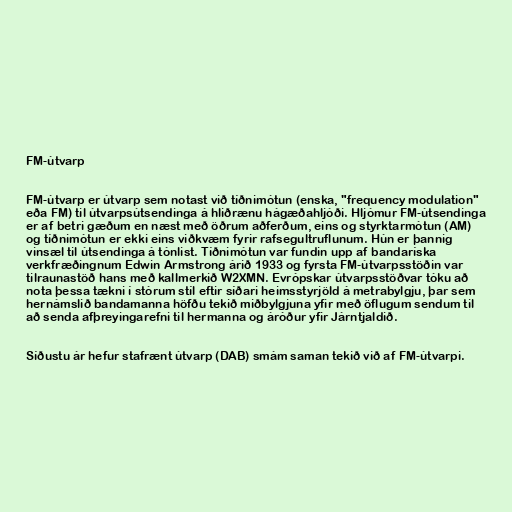
FM-útvarp

FM-útvarp er útvarp sem notast við tíðnimótun (enska, "frequency modulation"
eða FM) til útvarpsútsendinga á hliðrænu hágæðahljóði. Hljómur FM-útsendinga
er af betri gæðum en næst með öðrum aðferðum, eins og styrktarmótun (AM)
og tíðnimótun er ekki eins viðkvæm fyrir rafsegultruflunum. Hún er þannig
vinsæl til útsendinga á tónlist. Tíðnimótun var fundin upp af bandaríska
verkfræðingnum Edwin Armstrong árið 1933 og fyrsta FM-útvarpsstöðin var
tilraunastöð hans með kallmerkið W2XMN. Evrópskar útvarpsstöðvar tóku að
nota þessa tækni í stórum stíl eftir síðari heimsstyrjöld á metrabylgju, þar sem
hernámslið bandamanna höfðu tekið miðbylgjuna yfir með öflugum sendum til
að senda afþreyingarefni til hermanna og áróður yfir Járntjaldið.

Síðustu ár hefur stafrænt útvarp (DAB) smám saman tekið við af FM-útvarpi.